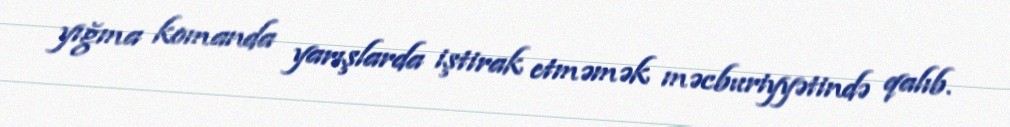
yığma komanda yarışlarda iştirak etməmək məcburiyyətində qalıb.